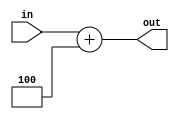
`timescale 1ns / 1ps
//////////////////////////////////////////////////////////////////////////////////
// Company: 
// Engineer: 
// 
// Design Name: 
// Module Name: Add1
// Project Name: 
// Target Devices: 
// Tool Versions: 
// Description: 
// 
// Dependencies: 
// 
// Revision:
// Revision 0.01 - File Created
// Additional Comments:
// 
//////////////////////////////////////////////////////////////////////////////////


module Add1(in,out);
input [31:0] in;
output reg [31:0] out;
always@(in)begin
out <= in + 3'b100;
end
endmodule